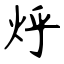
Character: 烀